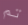
تم